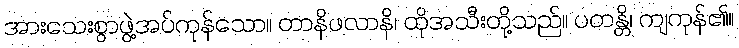
အားသေးစွာဖွဲ့အပ်ကုန်သော။ တာနိဖလာနိ၊ ထိုအသီးတို့သည်။ ပတန္တိ၊ ကျကုန်၏။